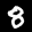
Label: 8